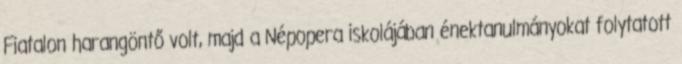
Fiatalon harangöntő volt, majd a Népopera iskolájában énektanulmányokat folytatott